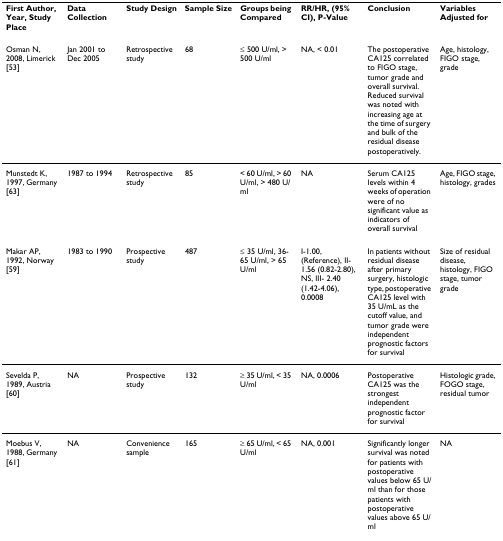
| First Author, Year, Study Place | Data Collection | Study Design | Sample Size | Groups being Compared | RR/HR, (95% CI), P-Value | Conclusion | Variables Adjusted for |
 | --- | --- | --- | --- | --- | --- | --- | --- |
 | Osman N, 2008, Limerick [53] | Jan 2001 to Dec 2005 | Retrospective study | 68 | ≤ 500 U/ml, > 500 U/ml | NA, < 0.01 | The postoperative CA125 correlated to FIGO stage, tumor grade and overall survival. Reduced survival was noted with increasing age at the time of surgery and bulk of the residual disease postoperatively. | Age, histology, FIGO stage, grade |
 | Munstedt K, 1997, Germany [63] | 1987 to 1994 | Retrospective study | 85 | < 60 U/ml, > 60 U/ml, > 480 U/ml | NA | Serum CA125 levels within 4 weeks of operation were of no significant value as indicators of overall survival | Age, FIGO stage, histology, grades |
 | Makar AP, 1992, Norway [59] | 1983 to 1990 | Prospective study | 487 | ≤ 35 U/ml, 36-65 U/ml, > 65 U/ml | I-1.00, (Reference), II- 1.56 (0.82-2.80), NS, III- 2.40 (1.42-4.06), 0.0008 | In patients without residual disease after primary surgery, histologic type, postoperative CA125 level with 35 U/mL as the cutoff value, and tumor grade were independent prognostic factors for survival | Size of residual disease, histology, FIGO stage, tumor grade |
 | Sevelda P, 1989, Austria [60] | NA | Prospective study | 132 | ≥ 35 U/ml, < 35 U/ml | NA, 0.0006 | Postoperative CA125 was the strongest independent prognostic factor for survival | Histologic grade, FOGO stage, residual tumor |
 | Moebus V, 1988, Germany [61] | NA | Convenience sample | 165 | ≥ 65 U/ml, < 65 U/ml | NA, 0.001 | Significantly longer survival was noted for patients with postoperative values below 65 U/ml than for those patients with postoperative values above 65 U/ml | NA |